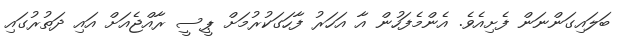
ބަލައިގަންނަން ފެށިއެވެ. އެންމެފަހުން އާ އަހަރު ފާހަގަކުރުމަށް ޕީސީ ރާއްޖެއަށް އައި ދަތުރުގައި